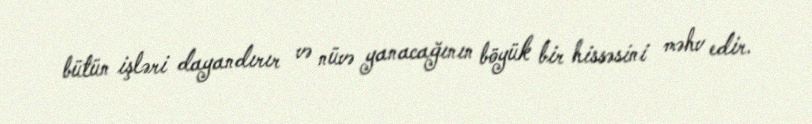
bütün işləri dayandırır və nüvə yanacağının böyük bir hissəsini məhv edir.